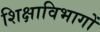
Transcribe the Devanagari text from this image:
शिक्षाविभागों